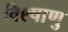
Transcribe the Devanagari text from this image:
वि९षाणु